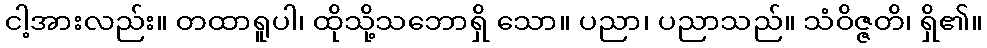
ငါ့အားလည်း။ တထာရူပါ၊ ထိုသို့သဘောရှိ သော။ ပညာ၊ ပညာသည်။ သံဝိဇ္ဇတိ၊ ရှိ၏။